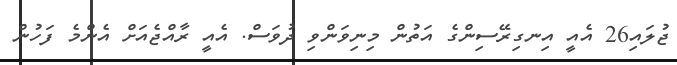
ޖުލައި26 އެއީ އިނގިރޭސިންގެ އަތުން މިނިވަންވި ދުވަސް. އެއީ ރާއްޖެއަށް އެންމެ ފަހުން